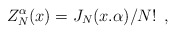
\begin{align*}Z_{N}^{\alpha} (x) = J_N(x.\alpha) /N! \,\,\,,\end{align*}